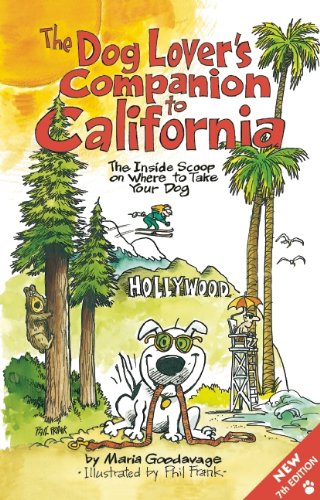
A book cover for The Dog Lover's Companion to California: The Inside Scoop on Where to Take Your Dog (Dog Lover's Companion Guides); Maria Goodavage; Travel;